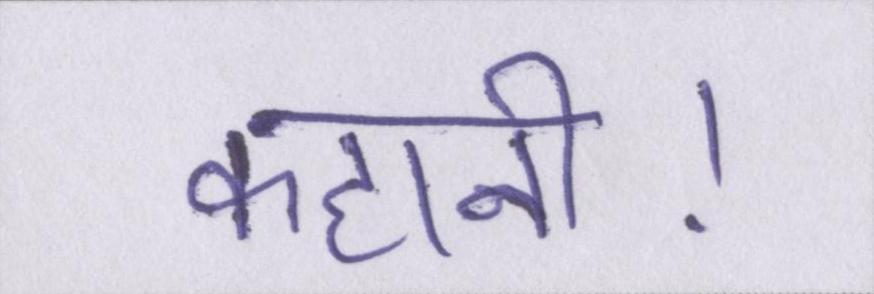
कहानी।